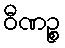
ဝီဏဉ္စ